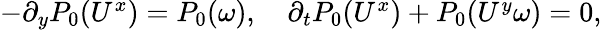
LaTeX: \begin{array}{r}{-\partial_{y}P_{0}(U^{x})=P_{0}(\omega),\quad\partial_{t}P_{0}(U^{x})+P_{0}(U^{y}\omega)=0,}\end{array}